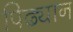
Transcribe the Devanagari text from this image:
पिढ्यान